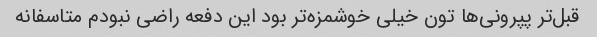
قبل‌تر پپرونی‌ها تون خیلی خوشمزه‌تر بود این دفعه راضی نبودم متاسفانه